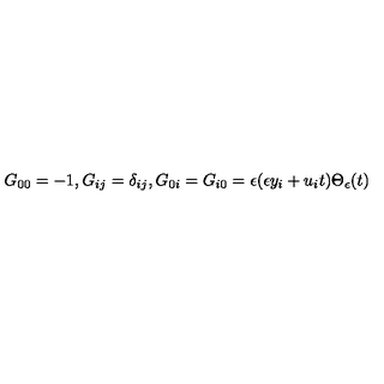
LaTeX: G _ { 0 0 } = - 1 , G _ { i j } = \delta _ { i j } , G _ { 0 i } = G _ { i 0 } = \epsilon ( \epsilon y _ { i } + u _ { i } t ) \Theta _ { \epsilon } ( t )